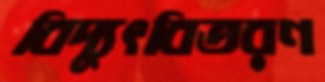
বিদ্যুৎবিতরণ